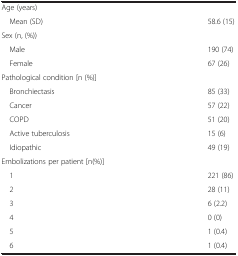
<table><thead><tr><td><b> </b></td><td><b> </b></td></tr></thead><tbody><tr><td colspan="2">Age (years)</td></tr><tr><td> Mean (SD)</td><td>58.6 (15)</td></tr><tr><td colspan="2">Sex (n, (%))</td></tr><tr><td> Male</td><td>190 (74)</td></tr><tr><td> Female</td><td>67 (26)</td></tr><tr><td colspan="2">Pathological condition [n (%)]</td></tr><tr><td> Bronchiectasis</td><td>85 (33)</td></tr><tr><td> Cancer</td><td>57 (22)</td></tr><tr><td> COPD</td><td>51 (20)</td></tr><tr><td> Active tuberculosis</td><td>15 (6)</td></tr><tr><td> Idiopathic</td><td>49 (19)</td></tr><tr><td colspan="2">Embolizations per patient [n(%)]</td></tr><tr><td> 1</td><td>221 (86)</td></tr><tr><td> 2</td><td>28 (11)</td></tr><tr><td> 3</td><td>6 (2.2)</td></tr><tr><td> 4</td><td>0 (0)</td></tr><tr><td> 5</td><td>1 (0.4)</td></tr><tr><td> 6</td><td>1 (0.4)</td></tr></tbody></table>